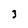
Character: 3